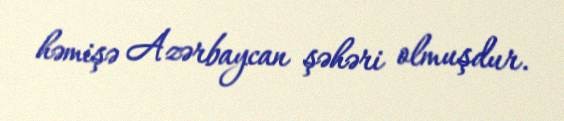
həmişə Azərbaycan şəhəri olmuşdur.